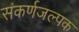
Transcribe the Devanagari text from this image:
संकर्णजल्पक